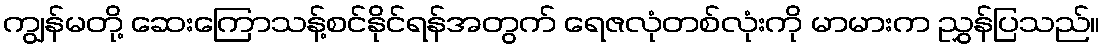
ကျွန်မတို့ ဆေးကြောသန့်စင်နိုင်ရန်အတွက် ရေဇလုံတစ်လုံးကို မာမားက ညွှန်ပြသည်။